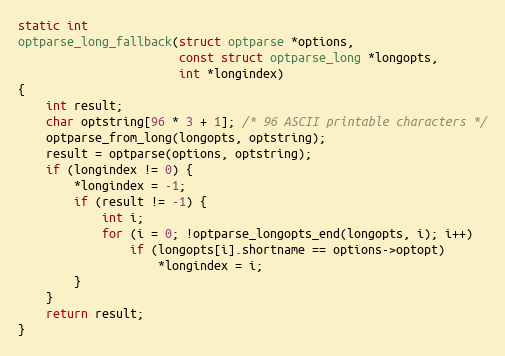
Language: C
static int
optparse_long_fallback(struct optparse *options,
                       const struct optparse_long *longopts,
                       int *longindex)
{
    int result;
    char optstring[96 * 3 + 1]; /* 96 ASCII printable characters */
    optparse_from_long(longopts, optstring);
    result = optparse(options, optstring);
    if (longindex != 0) {
        *longindex = -1;
        if (result != -1) {
            int i;
            for (i = 0; !optparse_longopts_end(longopts, i); i++)
                if (longopts[i].shortname == options->optopt)
                    *longindex = i;
        }
    }
    return result;
}